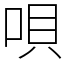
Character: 唄